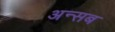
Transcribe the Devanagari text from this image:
अन्सब